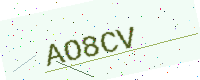
Text: AO8CV